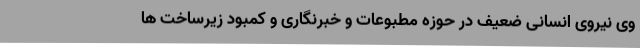
وی نیروی انسانی ضعیف در حوزه مطبوعات و خبرنگاری و کمبود زیرساخت ها